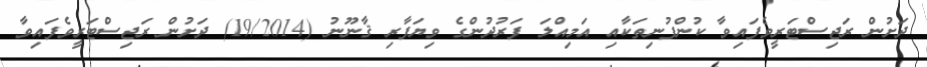
ދަށުން ރަޖިސްޓަރީވެފައިވާ ކުންފުނިތަކާއި އަމިއްލަ ފަރުދުންގެ ވިޔަފާރި ޤާނޫނު (19/2014) ދަށުން ރަޖިސްޓަރީވެފައިވާ